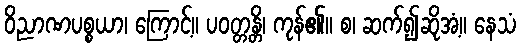
ဝိညာဏပစ္စယာ၊ ကြောင့်။ ပဝတ္တန္တိ၊ ကုန်၏။ စ၊ ဆက်၍ဆိုအံ့။ နေသံ